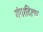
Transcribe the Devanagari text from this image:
गंगादित्य